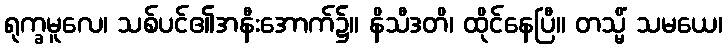
ရုက္ခမူလေ၊ သစ်ပင်၏အနီးအောက်၌။ နိသီဒတိ၊ ထိုင်နေပြီ။ တသ္မိံ သမယေ၊